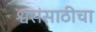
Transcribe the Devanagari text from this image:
श्वसंसाठीचा